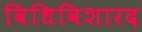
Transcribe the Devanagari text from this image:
विधिविशारद